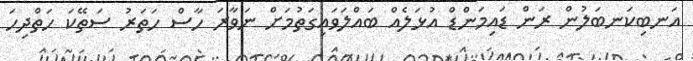
އަނބިކަނބަލުން ރަން ޑައިމަންޑް އުޅަލެއް ބައްލަވައިގަތުމަށް ނަވާރަ ހާސް ހަތަރު ސަތޭކަ ހަތްދިހަ